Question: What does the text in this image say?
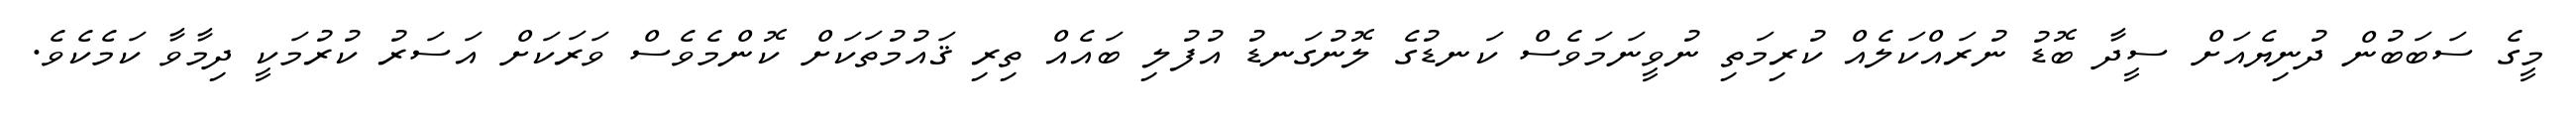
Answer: މީގެ ސަބަބުން ދުނިޔެއަށް ސީދާ ބޮޑު ނުރައްކަލެއް ކުރިމަތި ނުވީނަމަވެސް ކަނޑުގެ ލޮނުގަނޑު އުފުލި ބައެއް ތިރި ޤައުމުތަކަށް ކޮންމެވެސް ވަރަކަށް އަސަރު ކުރުމަކީ ދިމާވާ ކަމެކެވެ.